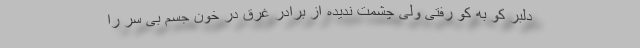
دلبر کو به کو رفتی ولی چشمت ندیده از برادر غرق در خون جسم بی سر را